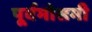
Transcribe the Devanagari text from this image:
पूर्वमोसमी